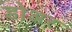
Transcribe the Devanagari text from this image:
डोअर